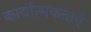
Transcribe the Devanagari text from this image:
कार्यात्मकताऍ